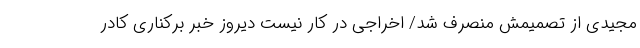
مجیدی از تصمیمش منصرف شد/ اخراجی در کار نیست دیروز خبر برکناری کادر